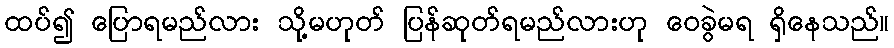
ထပ်၍ ပြောရမည်လား သို့မဟုတ် ပြန်ဆုတ်ရမည်လားဟု ဝေခွဲမရ ရှိနေသည်။